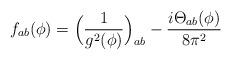
LaTeX: \begin{align*}f_{ab} (\phi) = \Big( \frac{1}{g^2(\phi)} \Big)_{ab} - \frac{i \mathrm{\Theta}_{ab}(\phi)}{8 \pi^2}\end{align*}